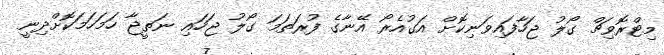
މިޓްރޮވިޗް ގޯލު ޖަހާފައިވަނިކޮށް އަގުއެރޯ އޭނާގެ ފުރަތަމަ ގޯލު ޖަހައި ނަތީޖާ ހަމަހަމަކޮށްދިނީ